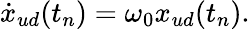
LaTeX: \dot{x}_{ud}(t_{n})=\omega_{0}x_{ud}(t_{n}).